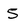
Character: S